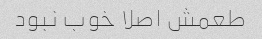
طعمش اصلا خوب نبود